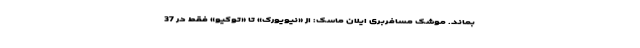
بماند. موشک مسافربری ایلان ماسک: از «نیویورک» تا «توکیو» فقط در 37